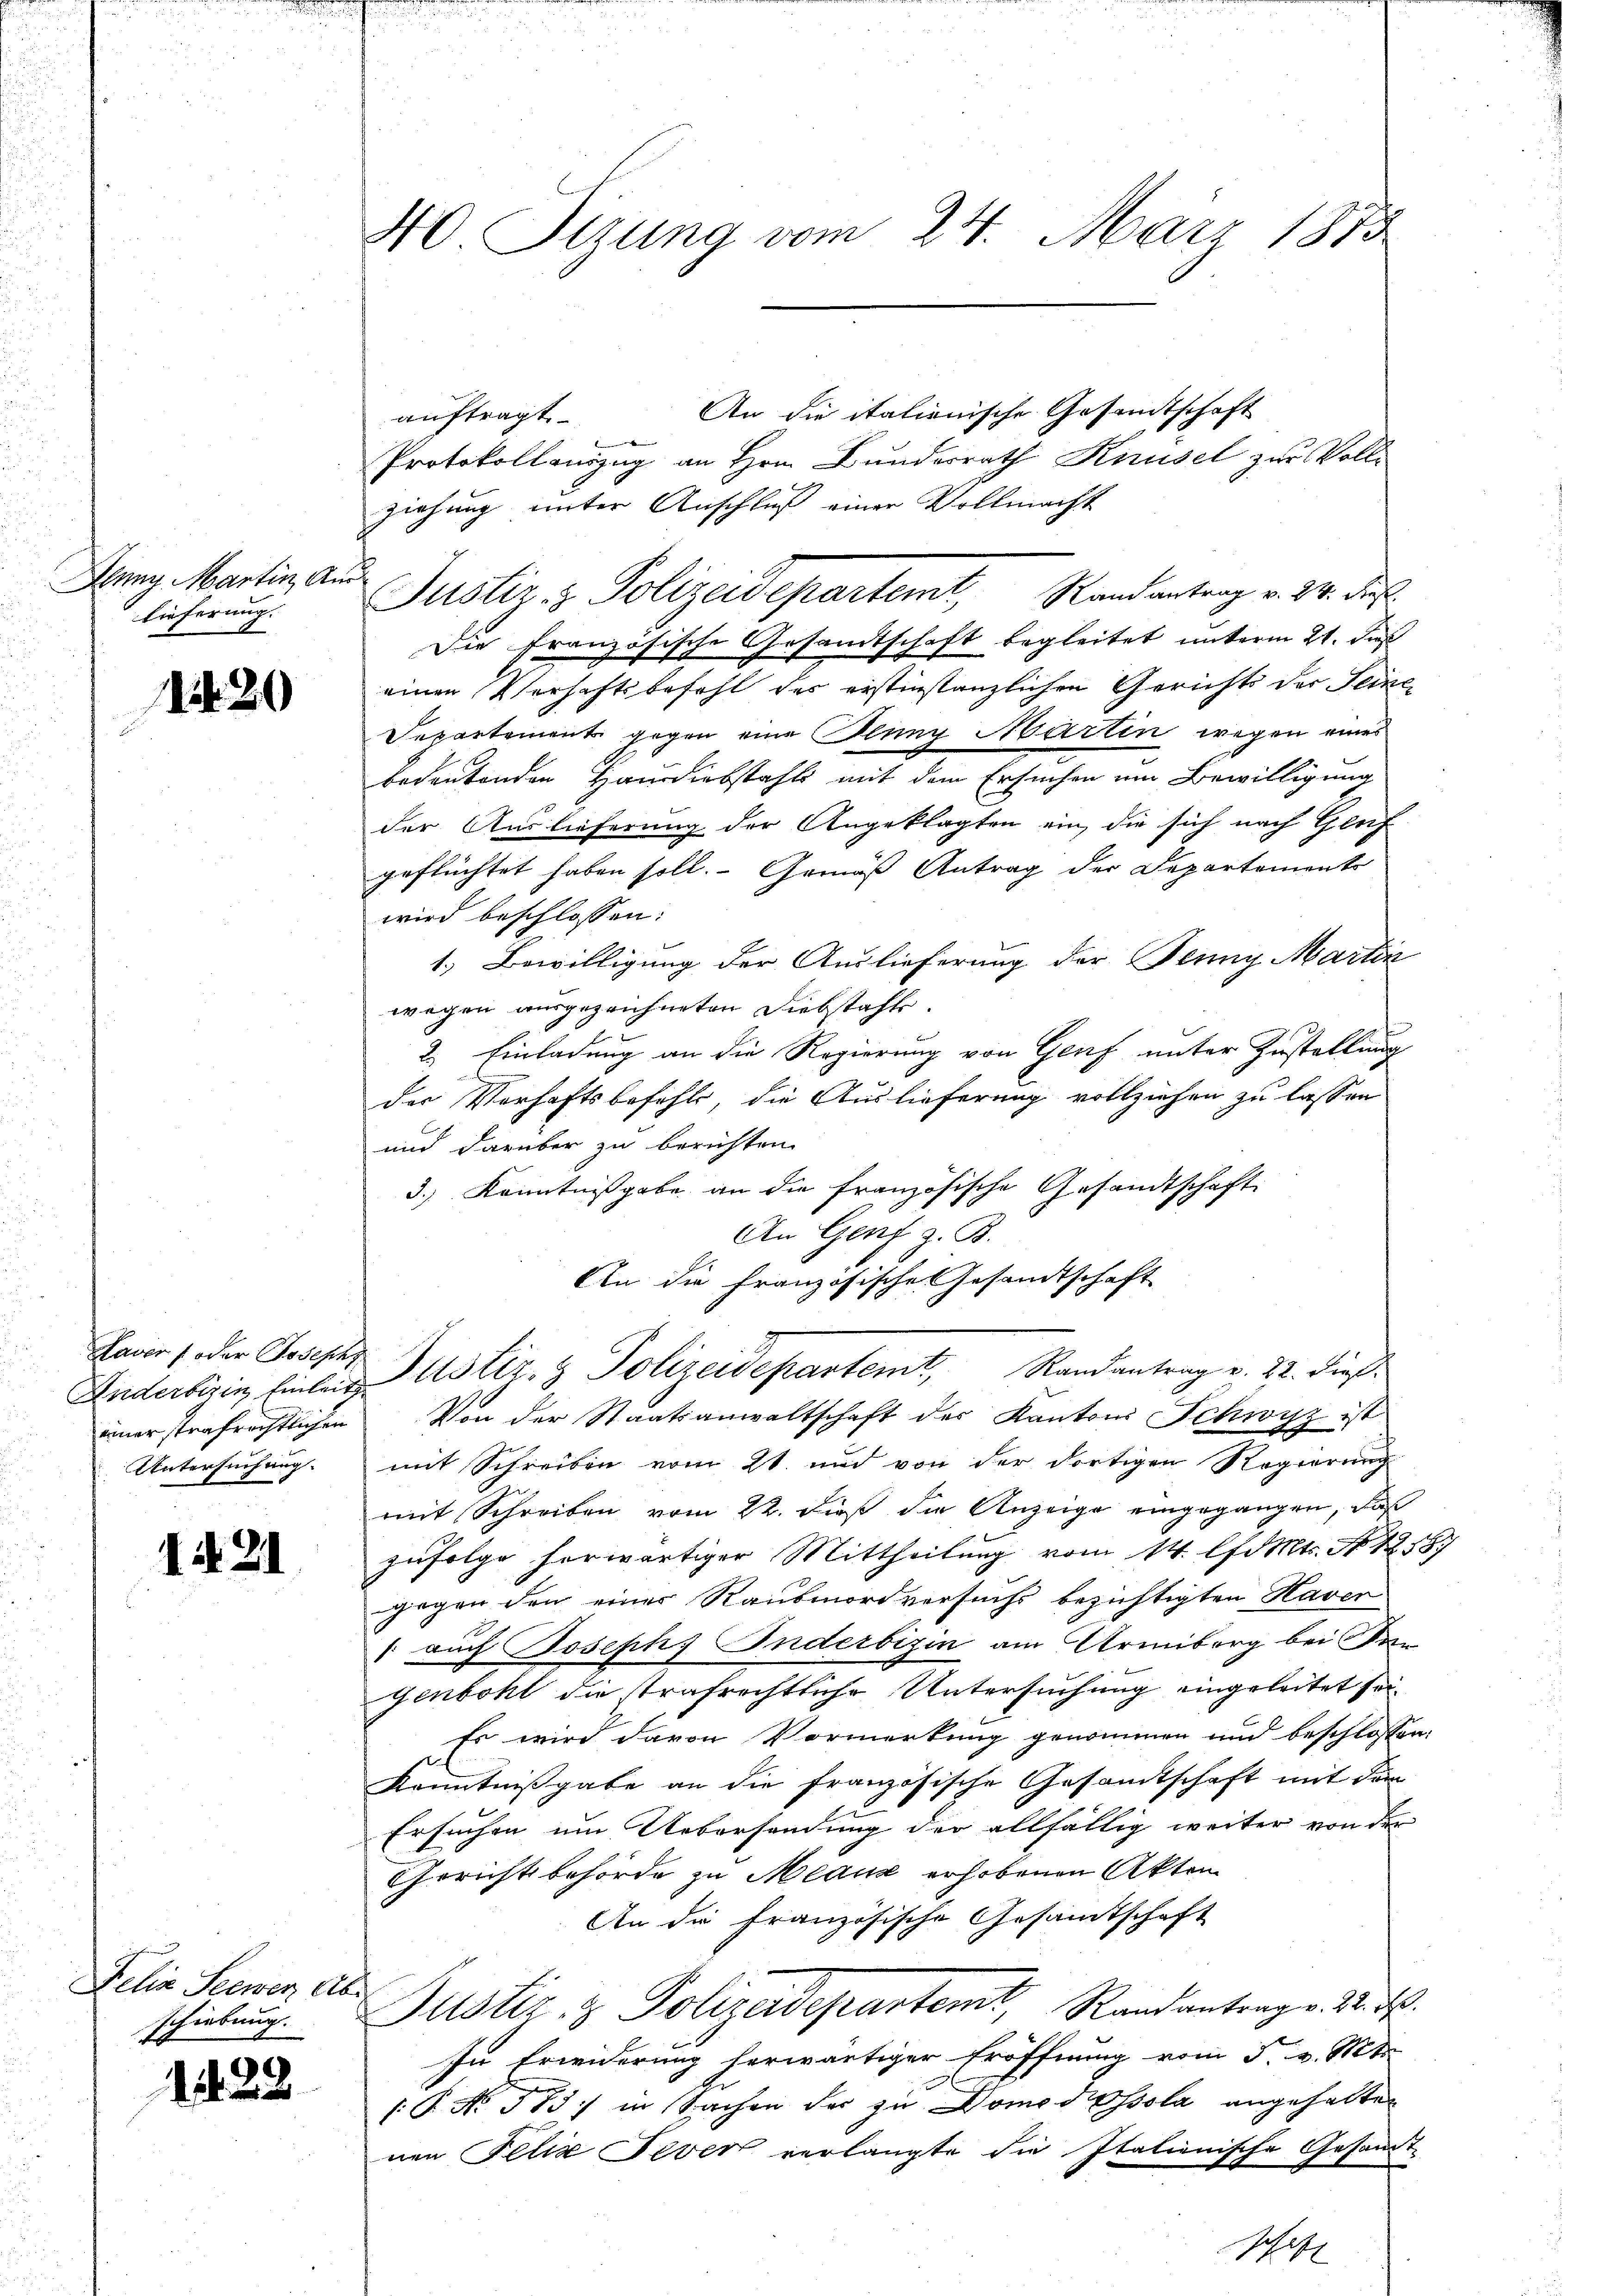
Alung Martin, Au
lieferung.

1420

Anderbisin Einleit
einer strafrechtlichen
Untersuchung.

1421

Delia Seewen abe
schiebung.

122

40 Stzung vom 24. März 1873

An die italienische Gesandtschaft
auftragt
Protokollauszug an Hrn. Bunderrath Knüsel zur Vollziehung unter Anschluß einer Vollmacht
s
Die Französische Gesandtschaft begleitet unterm 21. daß
einen Verhaftsbefehl des erstinstanzlichen Gerichts der Seine
Departement gegen eine Plung Martin wegen eines
bedeutenden Hausdiebstahls mit dem Ersuchen um Bewilligung
der Auslieferung der Angeklagten ein, die sich nach Gleic
geflüchtet haben soll. Gemäß Antrag der Departements
wird beschlossen:
1.) Bewilligung der Auslieferung der Jenny Martin
wegen ausgezeichneten Diebstahle.
2. Einladung an die Regierung von Genf unter Zustellung
der Verhaftsbefehls, die Auslieferung vollziehen zu lassen
und darüber zu berichten.
3.) Kenntnißgabe an die französische Gesandtschaft
An Genf z. B.
An die französische Gesandtschaft
Paur (oder Geser Justiz- & Polizeidepartemt, Randantrag v. 22. dieß
Von der Staatsanwaltschaft der Kantons Schwyz ist
mit Schreiben vom 21. und von der dortigen Regierung
mit Schreiben vom 22. dieß die Anzeige eingegangen, daß
zufolge herwärtiger Mittheilung vom 14. lfd. Mts. No. 1858)
gegen den einer Raubmordversuchs bezichtigten Haver
" auch Joseph Inderbizin am Armiborg bei den
genbohl die trafrechtliche Untersuchung eingeleitet sei¬
Es wird davon Vormerkung genommen und beschlossen,
Kenntnißgabe an die französische Gesamtschaft mit dem
Ersuchen um Uebersandung der allfällig weiter von der
Gericht behörde zu Meaux erhobenen Akten
An die Französische Gesamtschaft
Justiz- & Polizeidepartemt, Randantrag v. M. D.
In Erwiderung herwärtiger Eröffnung vom 5. v. Mts
(P No. 583 in Sachen des zu Domodossola angehalten
nen Felix Sever verlangte die Italienische Gesamt-
Schaft

Justiz- & Polizeidepartemt, Randantrag v. 24. Fe